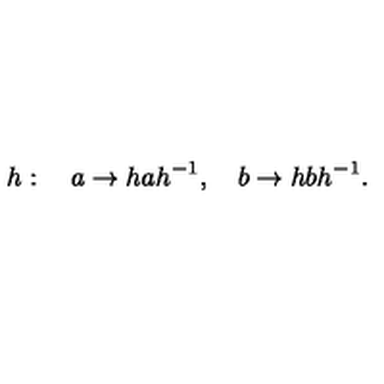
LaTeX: h : \quad a \to h a h ^ { - 1 } , \quad b \to h b h ^ { - 1 } .